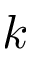
k